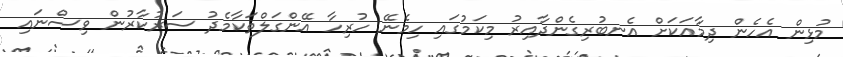
މުޅިން އެހެން ދިމާއަކަށް އެނބުރިގެންދާއިރު މިކަމުގައި ހިމެނޭ ހުރިހާ އޭންގަލްތަކާމެދު ސަރުކާރުން ވިސްނައި